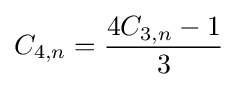
C_{4,n}={\frac {4C_{3,n}-1}{3}}